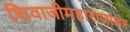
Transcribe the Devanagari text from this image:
शिवाजीमहाराजांबर